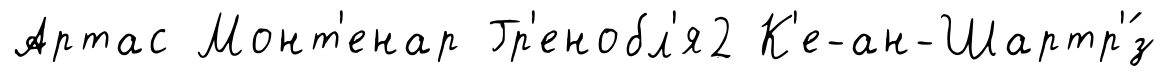
Артас Монт'енар Гр'енобл'я2 К'е-ан-Шартр'́з